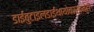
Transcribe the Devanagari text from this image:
डाईबुटाइलडाईथायोकार्बमेटों